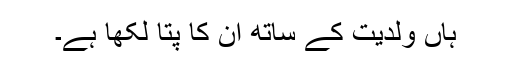
ہاں ولدیت کے ساتھ ان کا پتا لکھا ہے۔